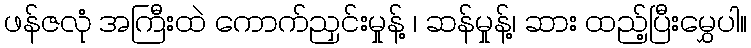
ဖန်ဇလုံ အကြီးထဲ ကောက်ညှင်းမှုန့် ၊ ဆန်မှုန့်၊ ဆား ထည့်ပြီးမွှေပါ။